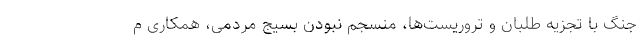
جنگ با تجزیه طلبان و تروریست‌ها، منسجم نبودن بسیج مردمی، همکاری م